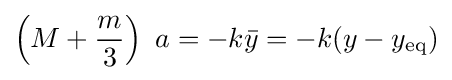
\left(M+{\frac {m}{3}}\right)\ a=-k{\bar {y}}=-k(y-y_{\mathrm {eq} })